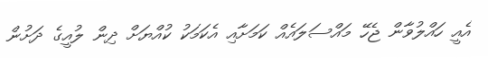
އެއީ ހައްލުވާން ޖެހޭ މައްސަލައެއް ކަމަށާއި އެކަމަކު ކުއްޔަށް ދިން ލުއީގެ ދަށުން